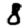
Digit: 8